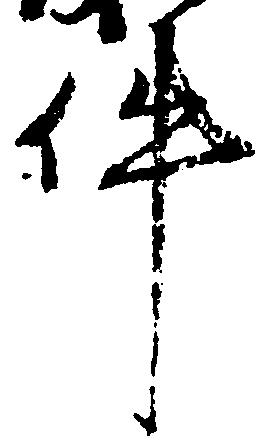
件